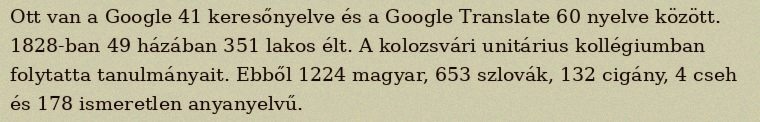
Ott van a Google 41 keresőnyelve és a Google Translate 60 nyelve között. 1828-ban 49 házában 351 lakos élt. A kolozsvári unitárius kollégiumban folytatta tanulmányait. Ebből 1224 magyar, 653 szlovák, 132 cigány, 4 cseh és 178 ismeretlen anyanyelvű.